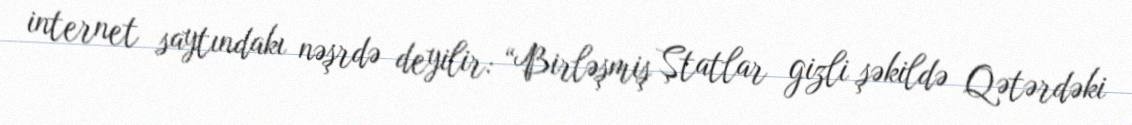
internet saytındakı nəşrdə deyilir: “Birləşmiş Ştatlar gizli şəkildə Qətərdəki